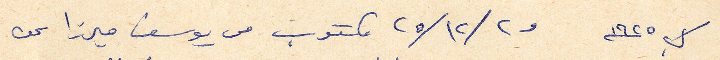
ك١ ١٩٢٥ و٢ /١٢/ ٢٥ مكتوب من يوسف ميرزا عن